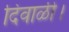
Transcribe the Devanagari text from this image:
दिवाळी।